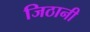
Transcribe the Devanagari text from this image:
जिठानी